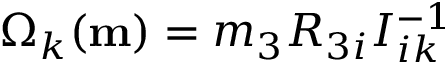
\Omega _ { k } ( { \bf m } ) = m _ { 3 } R _ { 3 i } I _ { i k } ^ { - 1 }